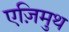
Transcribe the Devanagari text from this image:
एज़िमुथ